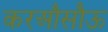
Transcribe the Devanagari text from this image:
करऔसौऊ